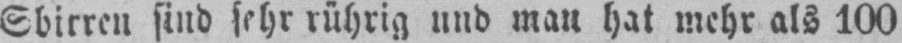
Sbirren sind sehr rührig und man hat mehr als 100